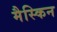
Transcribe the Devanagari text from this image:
मैस्किन